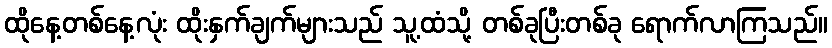
ထိုနေ့တစ်နေ့လုံး ထိုးနှက်ချက်များသည် သူ့ထံသို့ တစ်ခုပြီးတစ်ခု ရောက်လာကြသည်။